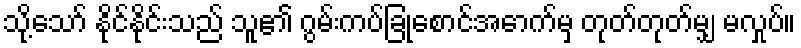
သို့သော် နိုင်နိုင်းသည် သူ၏ ဂွမ်းကပ်ခြုံစောင်အောက်မှ တုတ်တုတ်မျှ မလှုပ်။